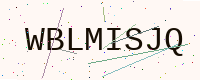
Text: WBLMISJQ